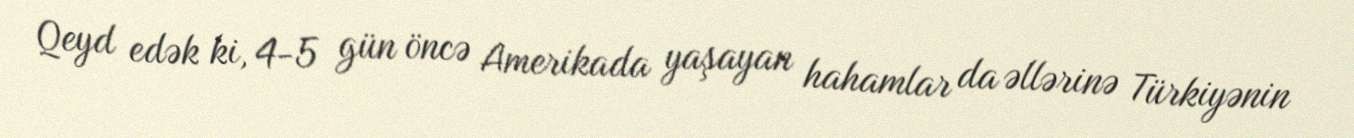
Qeyd edək ki, 4-5 gün öncə Amerikada yaşayan hahamlar da əllərinə Türkiyənin